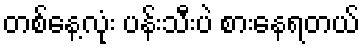
တစ်နေ့လုံး ပန်းသီးပဲ စားနေရတယ်